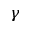
\gamma